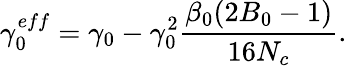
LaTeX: \gamma_{0}^{eff}=\gamma_{0}-\gamma_{0}^{2}\frac{\beta_{0}(2B_{0}-1)}{16N_{c}}.